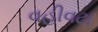
વહીવટા